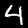
Label: 4